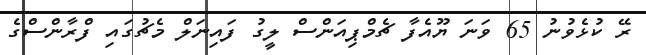
ރޭ ކުޅެެވުނު 65 ވަނަ ޔޫއެފާ ޗެމްޕިއަންސް ލީގު ފައިނަލް މެޗުގައި ފްރާންސްގެ